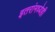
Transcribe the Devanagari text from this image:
इतरांमध्येही